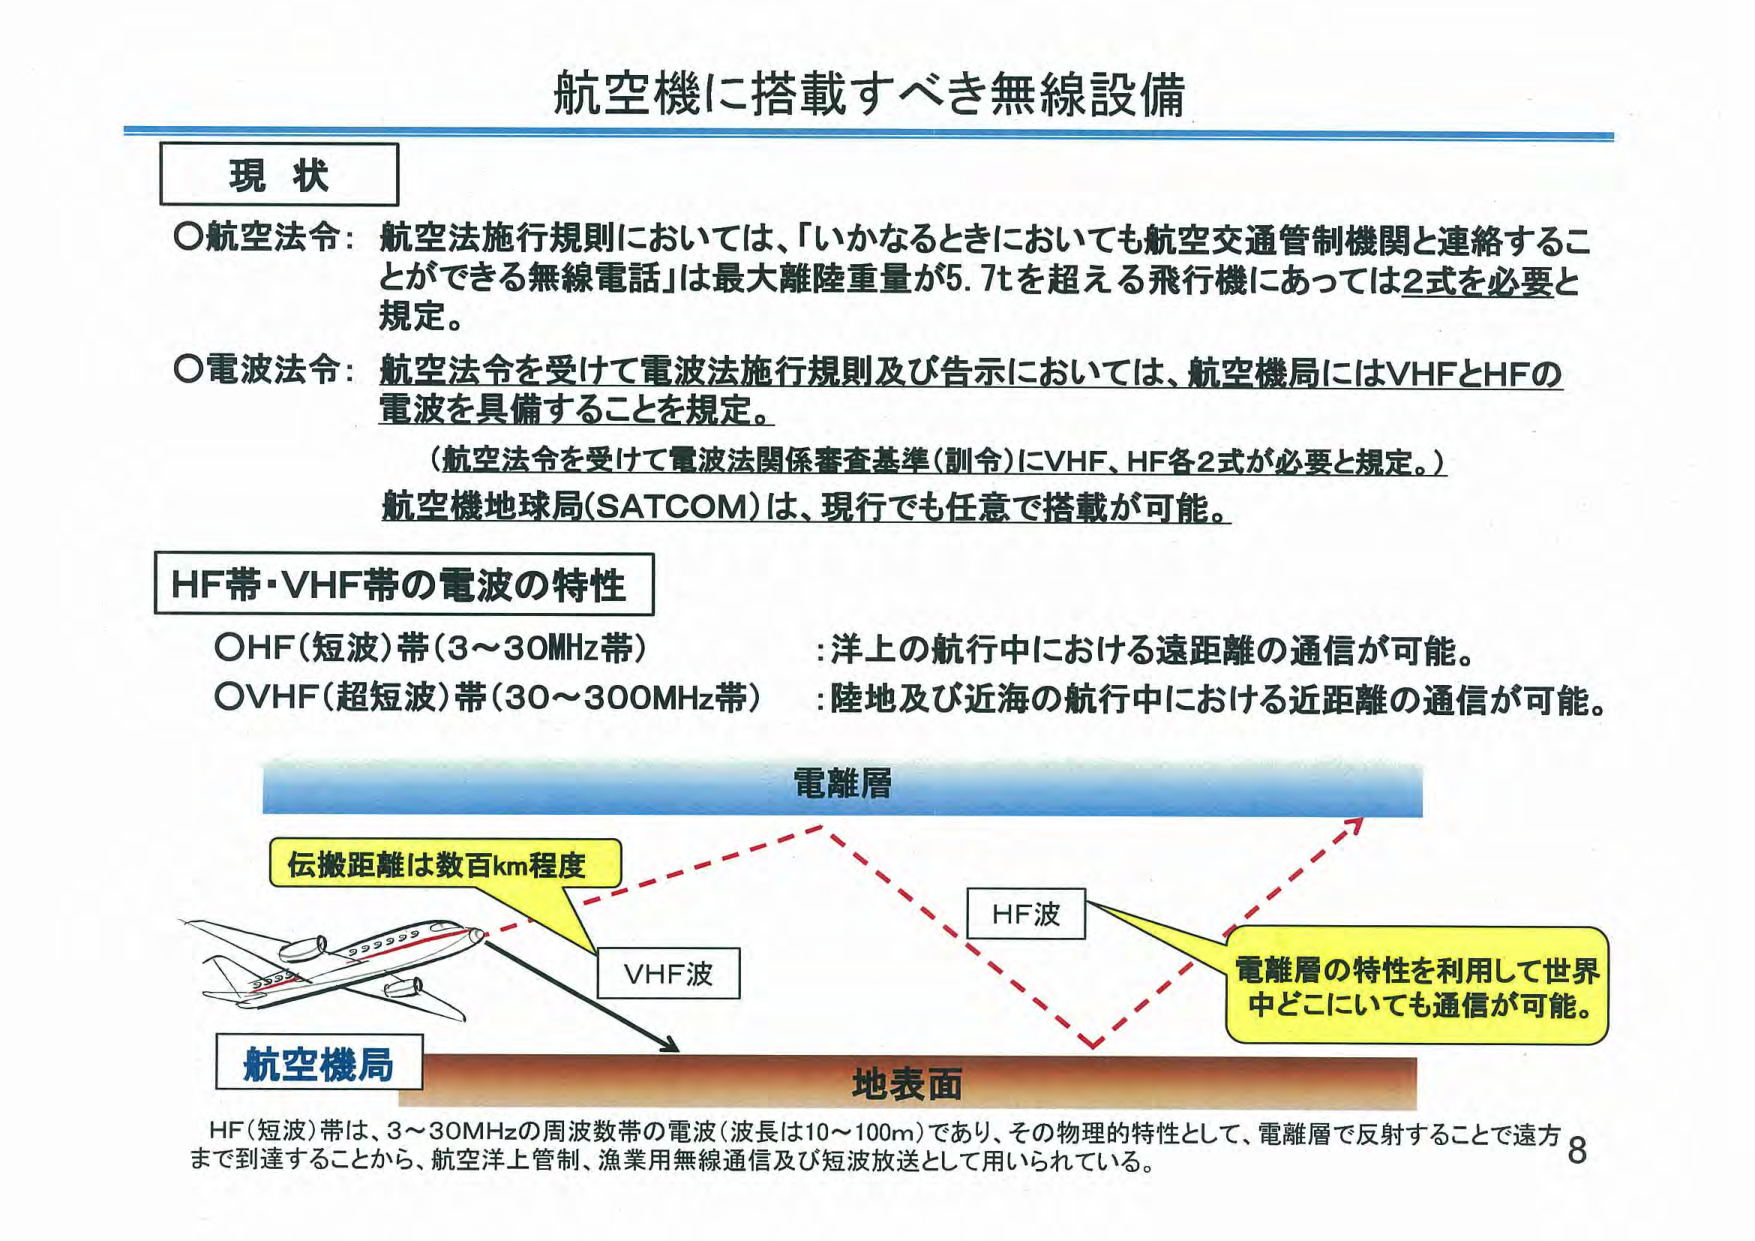
航空機に搭載すべき無線設備

現状

○航空法令：航空法施行規則においては、「いかなるときにおいても航空交通管制機関と連絡することができる無線電話」は最大離陸重量が5.7tを超える飛行機にあっては2式を必要と規定。

○電波法令：航空法令を受けて電波法施行規則及び告示においては、航空機局にはVHFとHFの電波を具備することを規定。

（航空法令を受けて電波法関係審査基準（訓令）にVHF、HF各2式が必要と規定。）

航空機地球局（SATCOM）は、現行でも任意で搭載が可能。

HF帯・VHF帯の電波の特性

○HF（短波）帯（3～30MHz帯）：洋上の航行中における遠距離の通信が可能。

○VHF（超短波）帯（30～300MHz帯）：陸地及び近海の航行中における近距離の通信が可能。

電離層

伝搬距離は数百km程度

VHF波

HF波

電離層の特性を利用して世界中どこにいても通信が可能。

航空機局

地表面

HF（短波）帯は、3～30MHzの周波数帯の電波（波長は10～100m）であり、その物理的特性として、電離層で反射することで遠方まで到達することから、航空洋上管制、漁業用無線通信及び短波放送として用いられている。

8